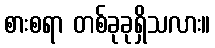
စားစရာ တစ်ခုခုရှိသလား။